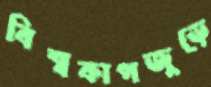
বিশ্বকাপজুড়ে